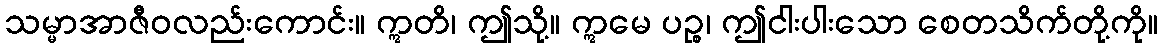
သမ္မာအာဇီဝလည်းကောင်း။ ဣတိ၊ ဤသို့။ ဣမေ ပဉ္စ၊ ဤငါးပါးသော စေတသိက်တို့ကို။